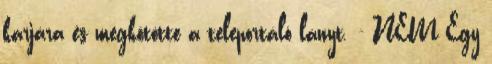
karjára és megkötötte a teleportáló lányt. - NEM Egy